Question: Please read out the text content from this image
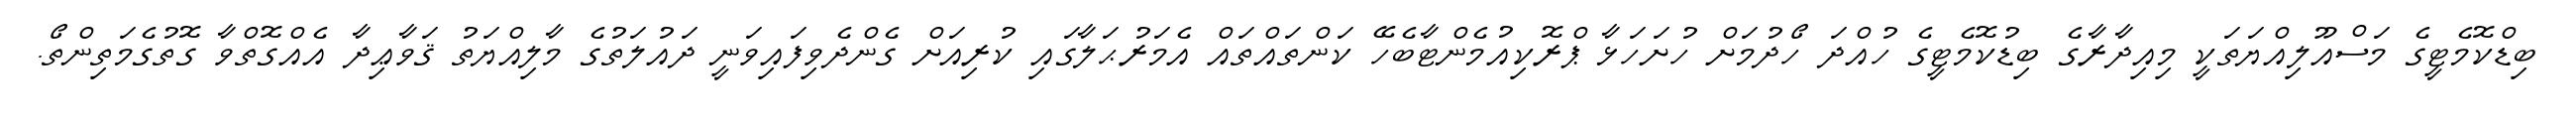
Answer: ބިޑްކޮމެޓީގެ މަސްއޫލިއްޔަތަކީ މިއިދާރާގެ ބިޑުކޮމެޓީގެ ހުއްދަ ހޯދުމަށް ހުށަހަޅާ ޕްރޮކިއުމެންޓާބެހޭ ކަންތައްތައް އެމަރުޙަލާގައި ކުރިއަށް ގެންދެވިފައިވަނީ ދައުލަތުގެ މާލިއްޔަތު ޤަވާޢިދާ އެއްގޮތްވާ ގޮތުގެމަތިންތޯ.